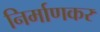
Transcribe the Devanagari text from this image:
निर्माणकर